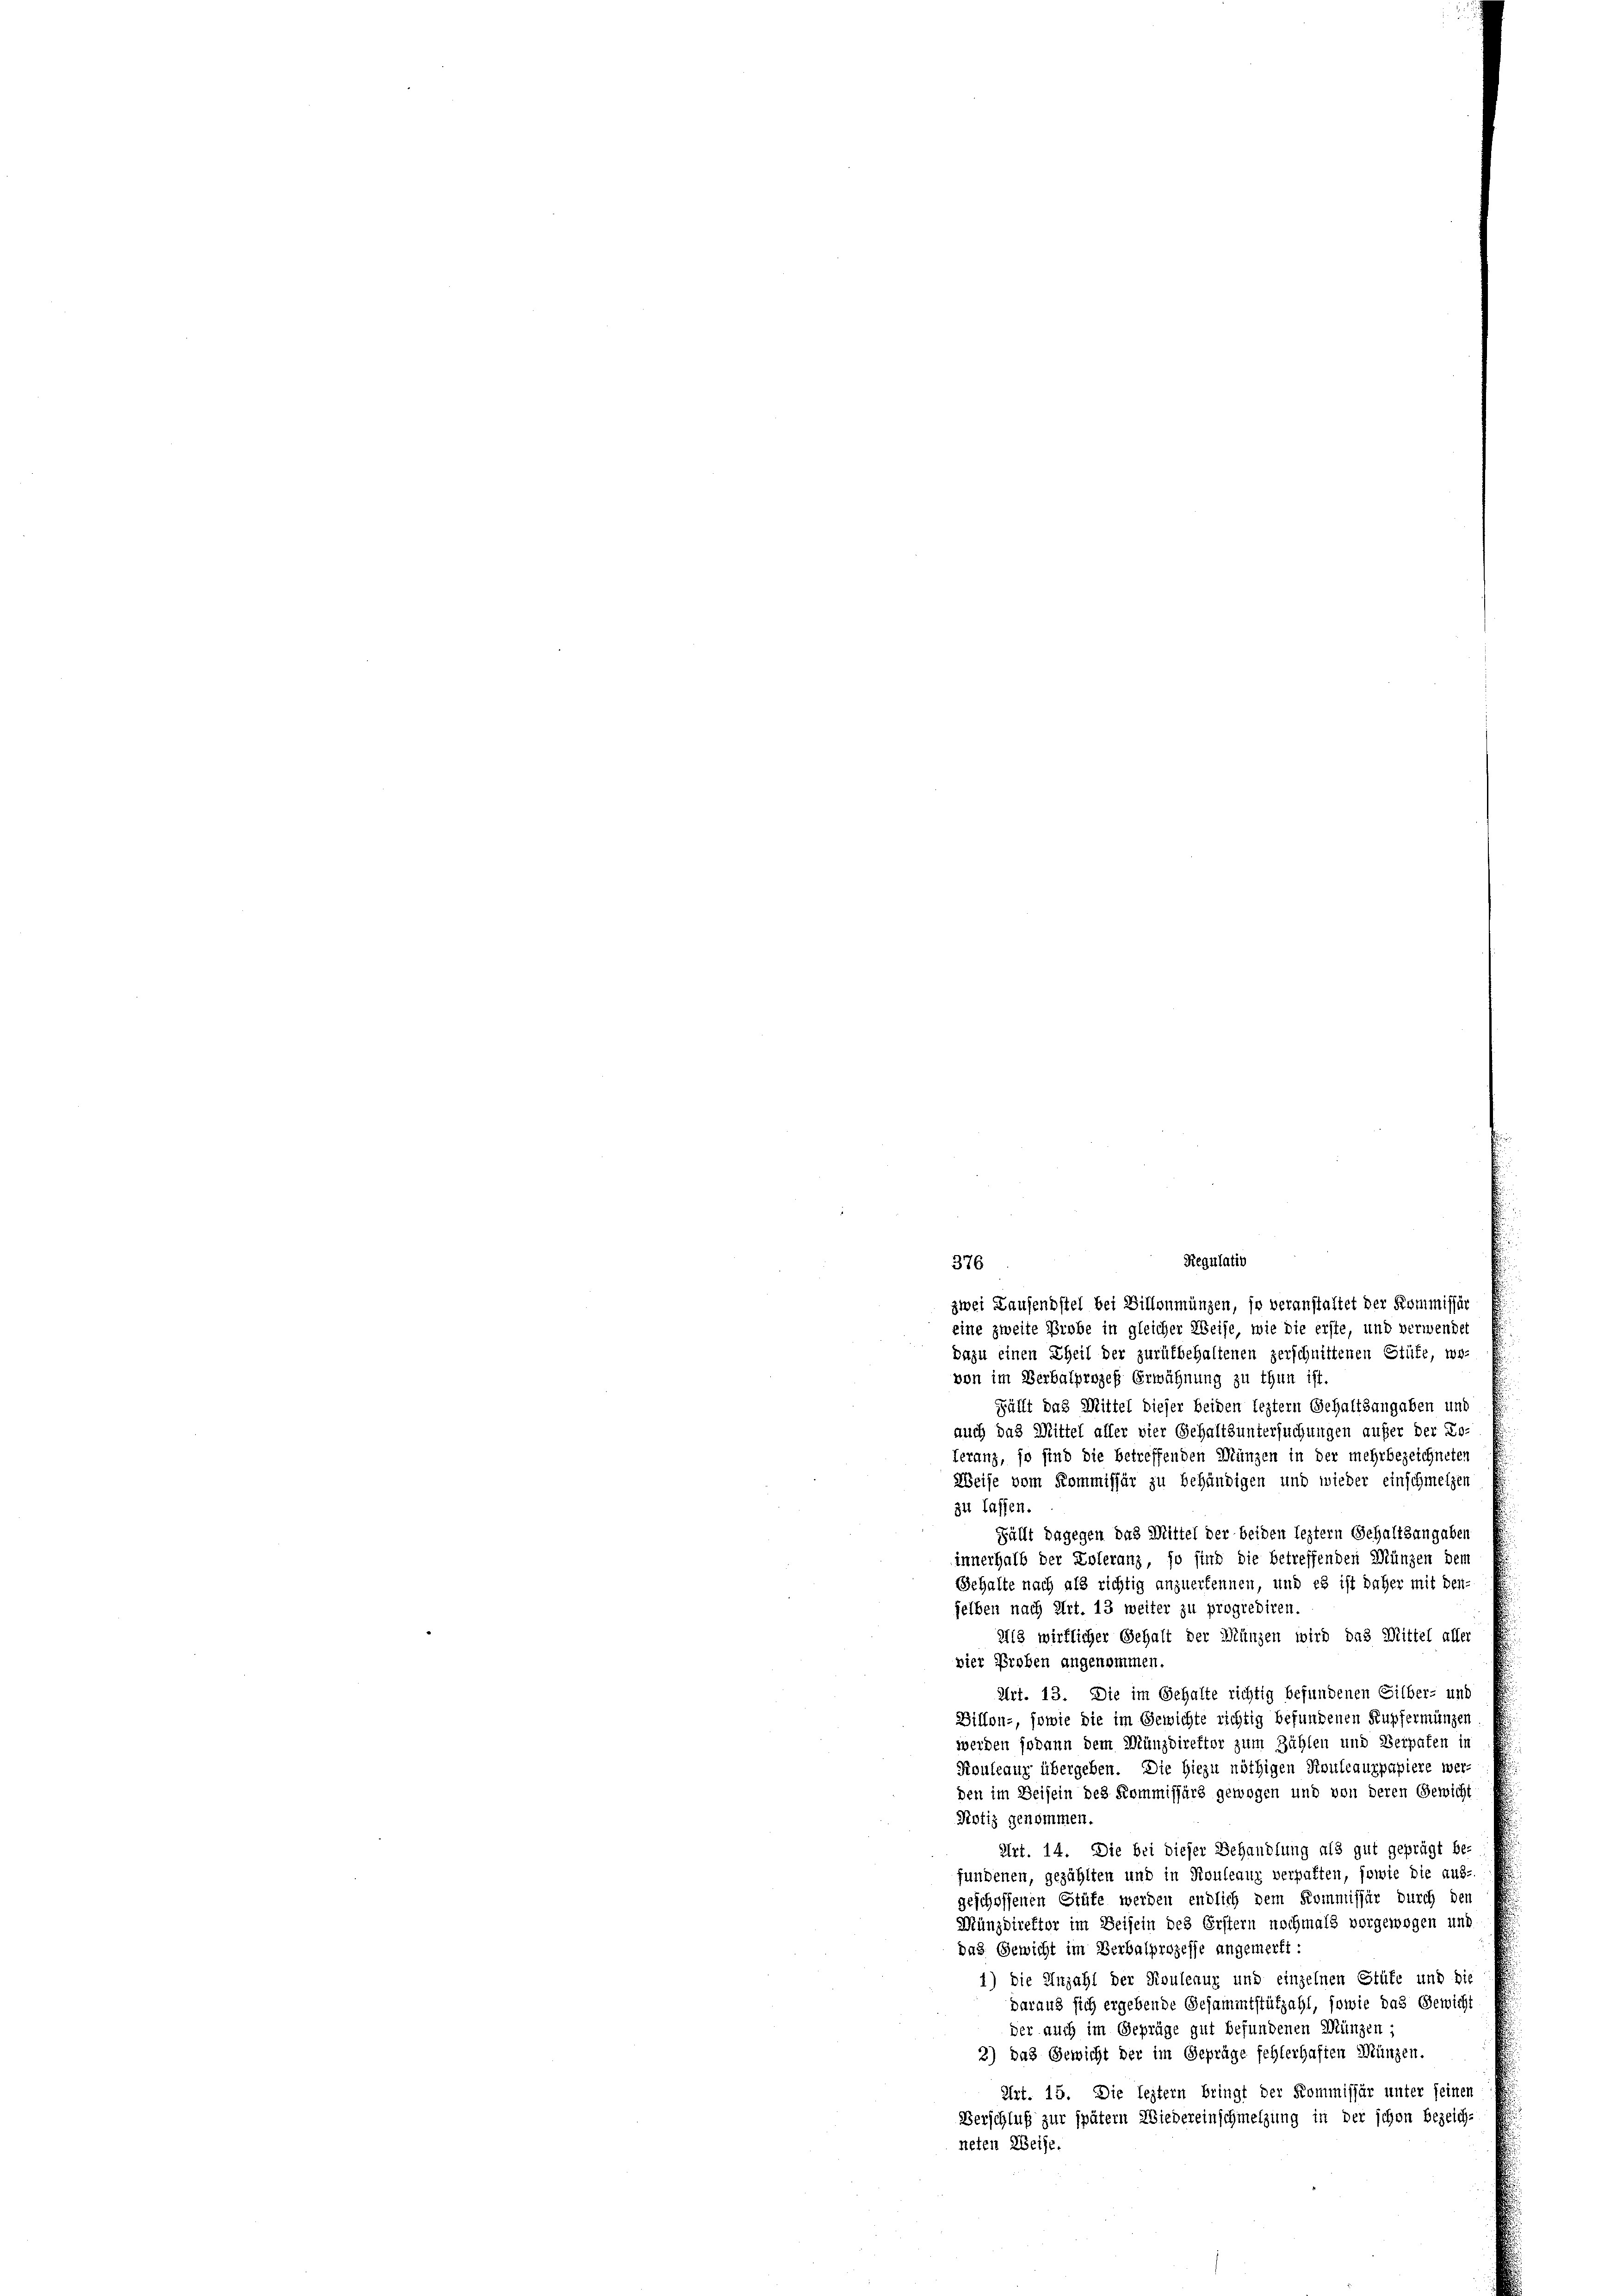
Regulatio
376
zwei Laufendstel bei Billonmünzen, so veranstaltet der Kommissär
eine zweite Probe in gleicher Weise, wie die erste, und verwendet
Dazu einen Theil der zurükbehaltenen zerschnittenen Stüte, wo-
von im Berbalprozeß Erwähnung zu thun ist.
Fällt das Mittel dieser beiden leztem Gehaltsangaben und
auch das Mittel aller vier Gehaltsuntersuchungen aufer der Loferanz, so sind die betreffenden Münzen in der mehrbezeichneten
Weise vom Kommissär zu behändigen und wieder einschmelzen
u lassen.
Fällt dagegen das Mittel der beiden leztern Gehaltsangaben
innerhalb der Esteranz, so sind die betreffenden Münzen dem
Gehalte nach als richtig anzuerkennen, und es ist daher mit den-
selben nach Art. 13 weiter zu progrediren.
Ul3 wirklicher Gehalt der Münzen wird das Mittel aller
vier Proben angenommen.
Art. 13. Die im Gehalte richtig befundenen Silber- und
Billon-, sowie die im Gewichte richtig befundenen Kupferminzen
werden sodann dem Münzdirektor zum Zählen und Verpaten in
Rouleaur übergeben. Die Hiezu nöthigen Rouleauzpapiere werden im Beisein des Kommissärs gewogen und von deren Gewicht
Notiz genommen.
Art. 14. Die bei dieser Behandlung als gut geprägt be-
fundenen, gezählten und in Kouleaux verpalten, sowie die aus-
geschoffenen Stüte werden endlich dem Kommissär durch den
Münzdirektor im Beisein des Erstern nochmals vorgewogen und
das Gewicht im Verbalprozesse angemerkt:
1) die Einzahl der Koulenug und einzelnen Stüte und die
daraus sich ergebende Gesammtstützahl, sowie das Gewicht
der auch im Geprüge gut befundenen Münzen;
2) das Gewicht der im Gepräge fehlerhaften Münzen.
Art. 15. Die leitern bringt der Kommissär unter seinen
Verschluß zur spätem Wiedereinschmelzung in der schon bezeich-
steten Weise.